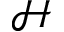
\mathcal { H }